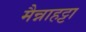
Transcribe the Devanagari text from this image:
मैन्नाहट्टा